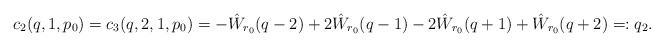
\begin{align*}c_2(q,1,p_0) = c_3(q,2,1,p_0) = -\hat W_{r_0}(q-2) +2\hat W_{r_0}(q-1)-2\hat W_{r_0}(q+1) + \hat W_{r_0}(q+2) =: q_2.\end{align*}